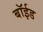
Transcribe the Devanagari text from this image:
बॉईड